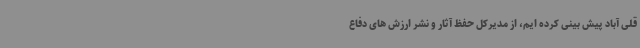
قلی آباد پیش بینی کرده ایم، از مدیرکل حفظ آثار و نشر ارزش های دفاع